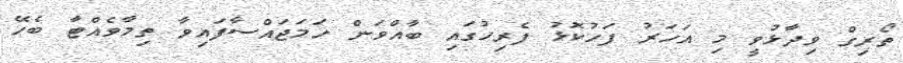
ތޯރިގް ވިދާޅުވީ މި އަހަރު ފަހުކޮޅު ފެރިހުގައި ބާއްވަން ހަމަޖައްސާފައިވާ ތިމާވެއްޓާ ބެހޭ